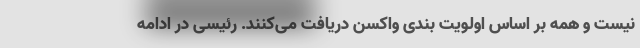
نیست و همه بر اساس اولویت بندی واکسن دریافت می‌کنند. رئیسی در ادامه